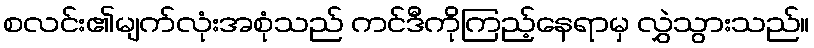
စလင်း၏မျက်လုံးအစုံသည် ကင်ဒီကိုကြည့်နေရာမှ လွှဲသွားသည်။